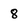
Character: 8